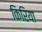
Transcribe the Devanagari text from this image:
किरिया